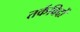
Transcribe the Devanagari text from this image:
तर्कविदों